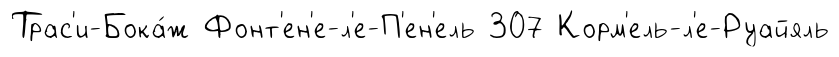
Трас'и-Бока́ж Фонт'ен'е-л'е-П'ен'ель 307 Корм'ель-л'е-Руайяль